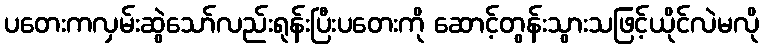
ပတေးကလှမ်းဆွဲသော်လည်းရုန်းပြီးပတေးကို ဆောင့်တွန်းသွားသဖြင့်ယိုင်လဲမလို